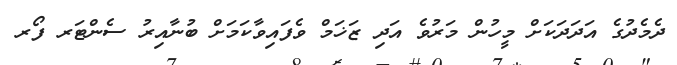
ދެމެދުގެ އަދަދަކަށް މީހުން މަރުވެ އަދި ޒަޚަމް ވެފައިވާކަމަށް ބުނާއިރު ސެންޓަރ ފޯރ